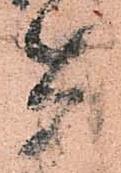
兵